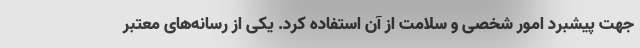
جهت پیشبرد امور شخصی و سلامت از آن استفاده کرد. یکی از رسانه‌های معتبر